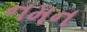
નમન